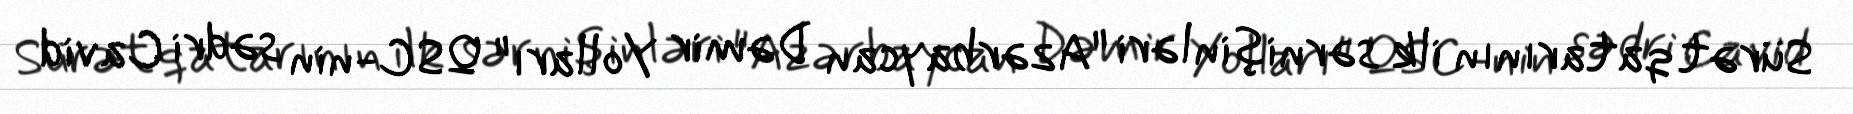
Sürət qatarının ilk sərnişinləri "Azərbaycan Dəmir Yolları" QSC-nin sədri Cavid